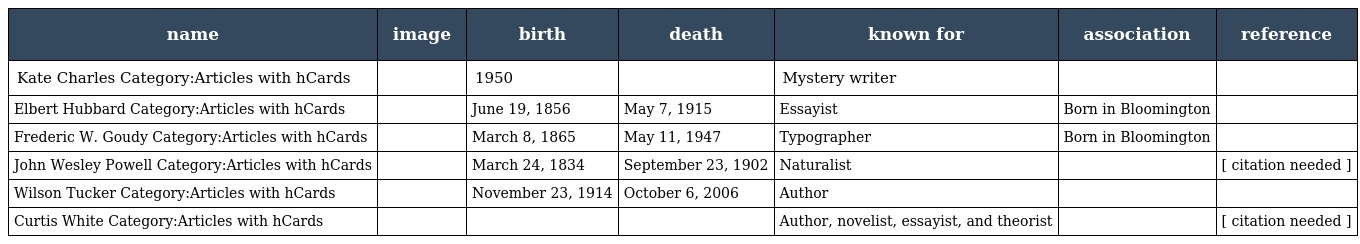
| name | image | birth | death | known for | association | reference |
 | --- | --- | --- | --- | --- | --- | --- |
 | Kate Charles Category:Articles with hCards |  | 1950 |  | Mystery writer |  |  |
 | Elbert Hubbard Category:Articles with hCards |  | June 19, 1856 | May 7, 1915 | Essayist | Born in Bloomington |  |
 | Frederic W. Goudy Category:Articles with hCards |  | March 8, 1865 | May 11, 1947 | Typographer | Born in Bloomington |  |
 | John Wesley Powell Category:Articles with hCards |  | March 24, 1834 | September 23, 1902 | Naturalist |  | [ citation needed ] |
 | Wilson Tucker Category:Articles with hCards |  | November 23, 1914 | October 6, 2006 | Author |  |  |
 | Curtis White Category:Articles with hCards |  |  |  | Author, novelist, essayist, and theorist |  | [ citation needed ] |